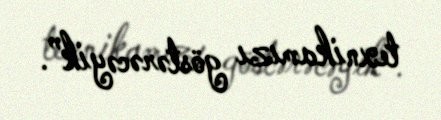
texnikamızı göstərəcəyik”.